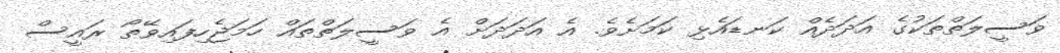
ވަސީލަތްތަކުގެ އަދަދެއް ކަނޑައެޅި ކަމަށެވެ. އެ އަދަދަށް އެ ވަސީލަތްތައް ހަމަޖެހިފައިވޭތޯ ރައީސް